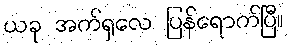
ယခု အက်ရှလေ ပြန်ရောက်ပြီ။